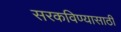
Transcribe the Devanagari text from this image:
सरकविण्यासाठी